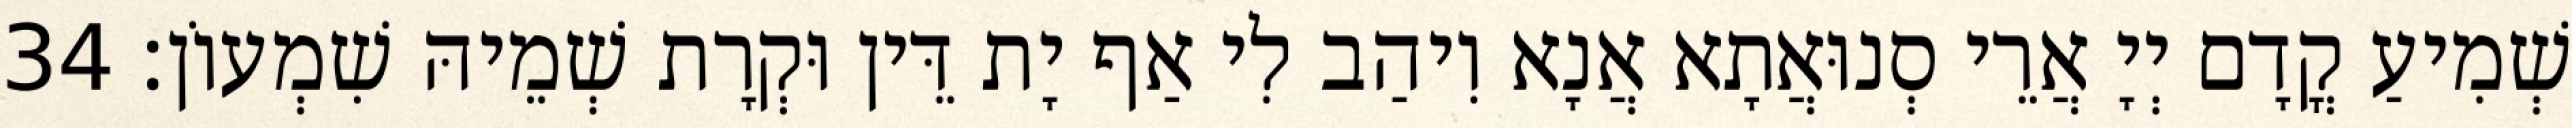
שְׁמִיעַ קֳדָם יְיָ אֲרֵי סְנוּאֲתָא אֲנָא וִיהַב לִי אַף יָת דֵּין וּקְרָת שְׁמֵיהּ שִׁמְעוֹן׃ 34